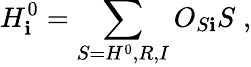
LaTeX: H_{\mathbf{i}}^{0}=\sum_{S=H^{0},R,I}O_{S\mathbf{i}}S\; ,